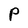
Character: P